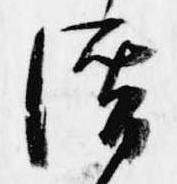
潜